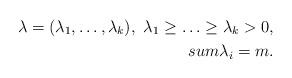
LaTeX: \begin{align*}\lambda = (\lambda_1, \ldots, \lambda_k),\ \lambda_1\geq \ldots \geq \lambda_k>0,\\sum \lambda_i = m. \end{align*}